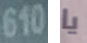
610 يا